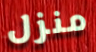
منزل